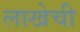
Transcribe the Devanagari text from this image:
लाखेची